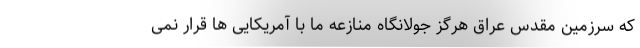
که سرزمین مقدس عراق هرگز جولانگاه منازعه ما با آمریکایی ها قرار نمی